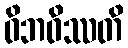
ဝိဘဝိဿတိ